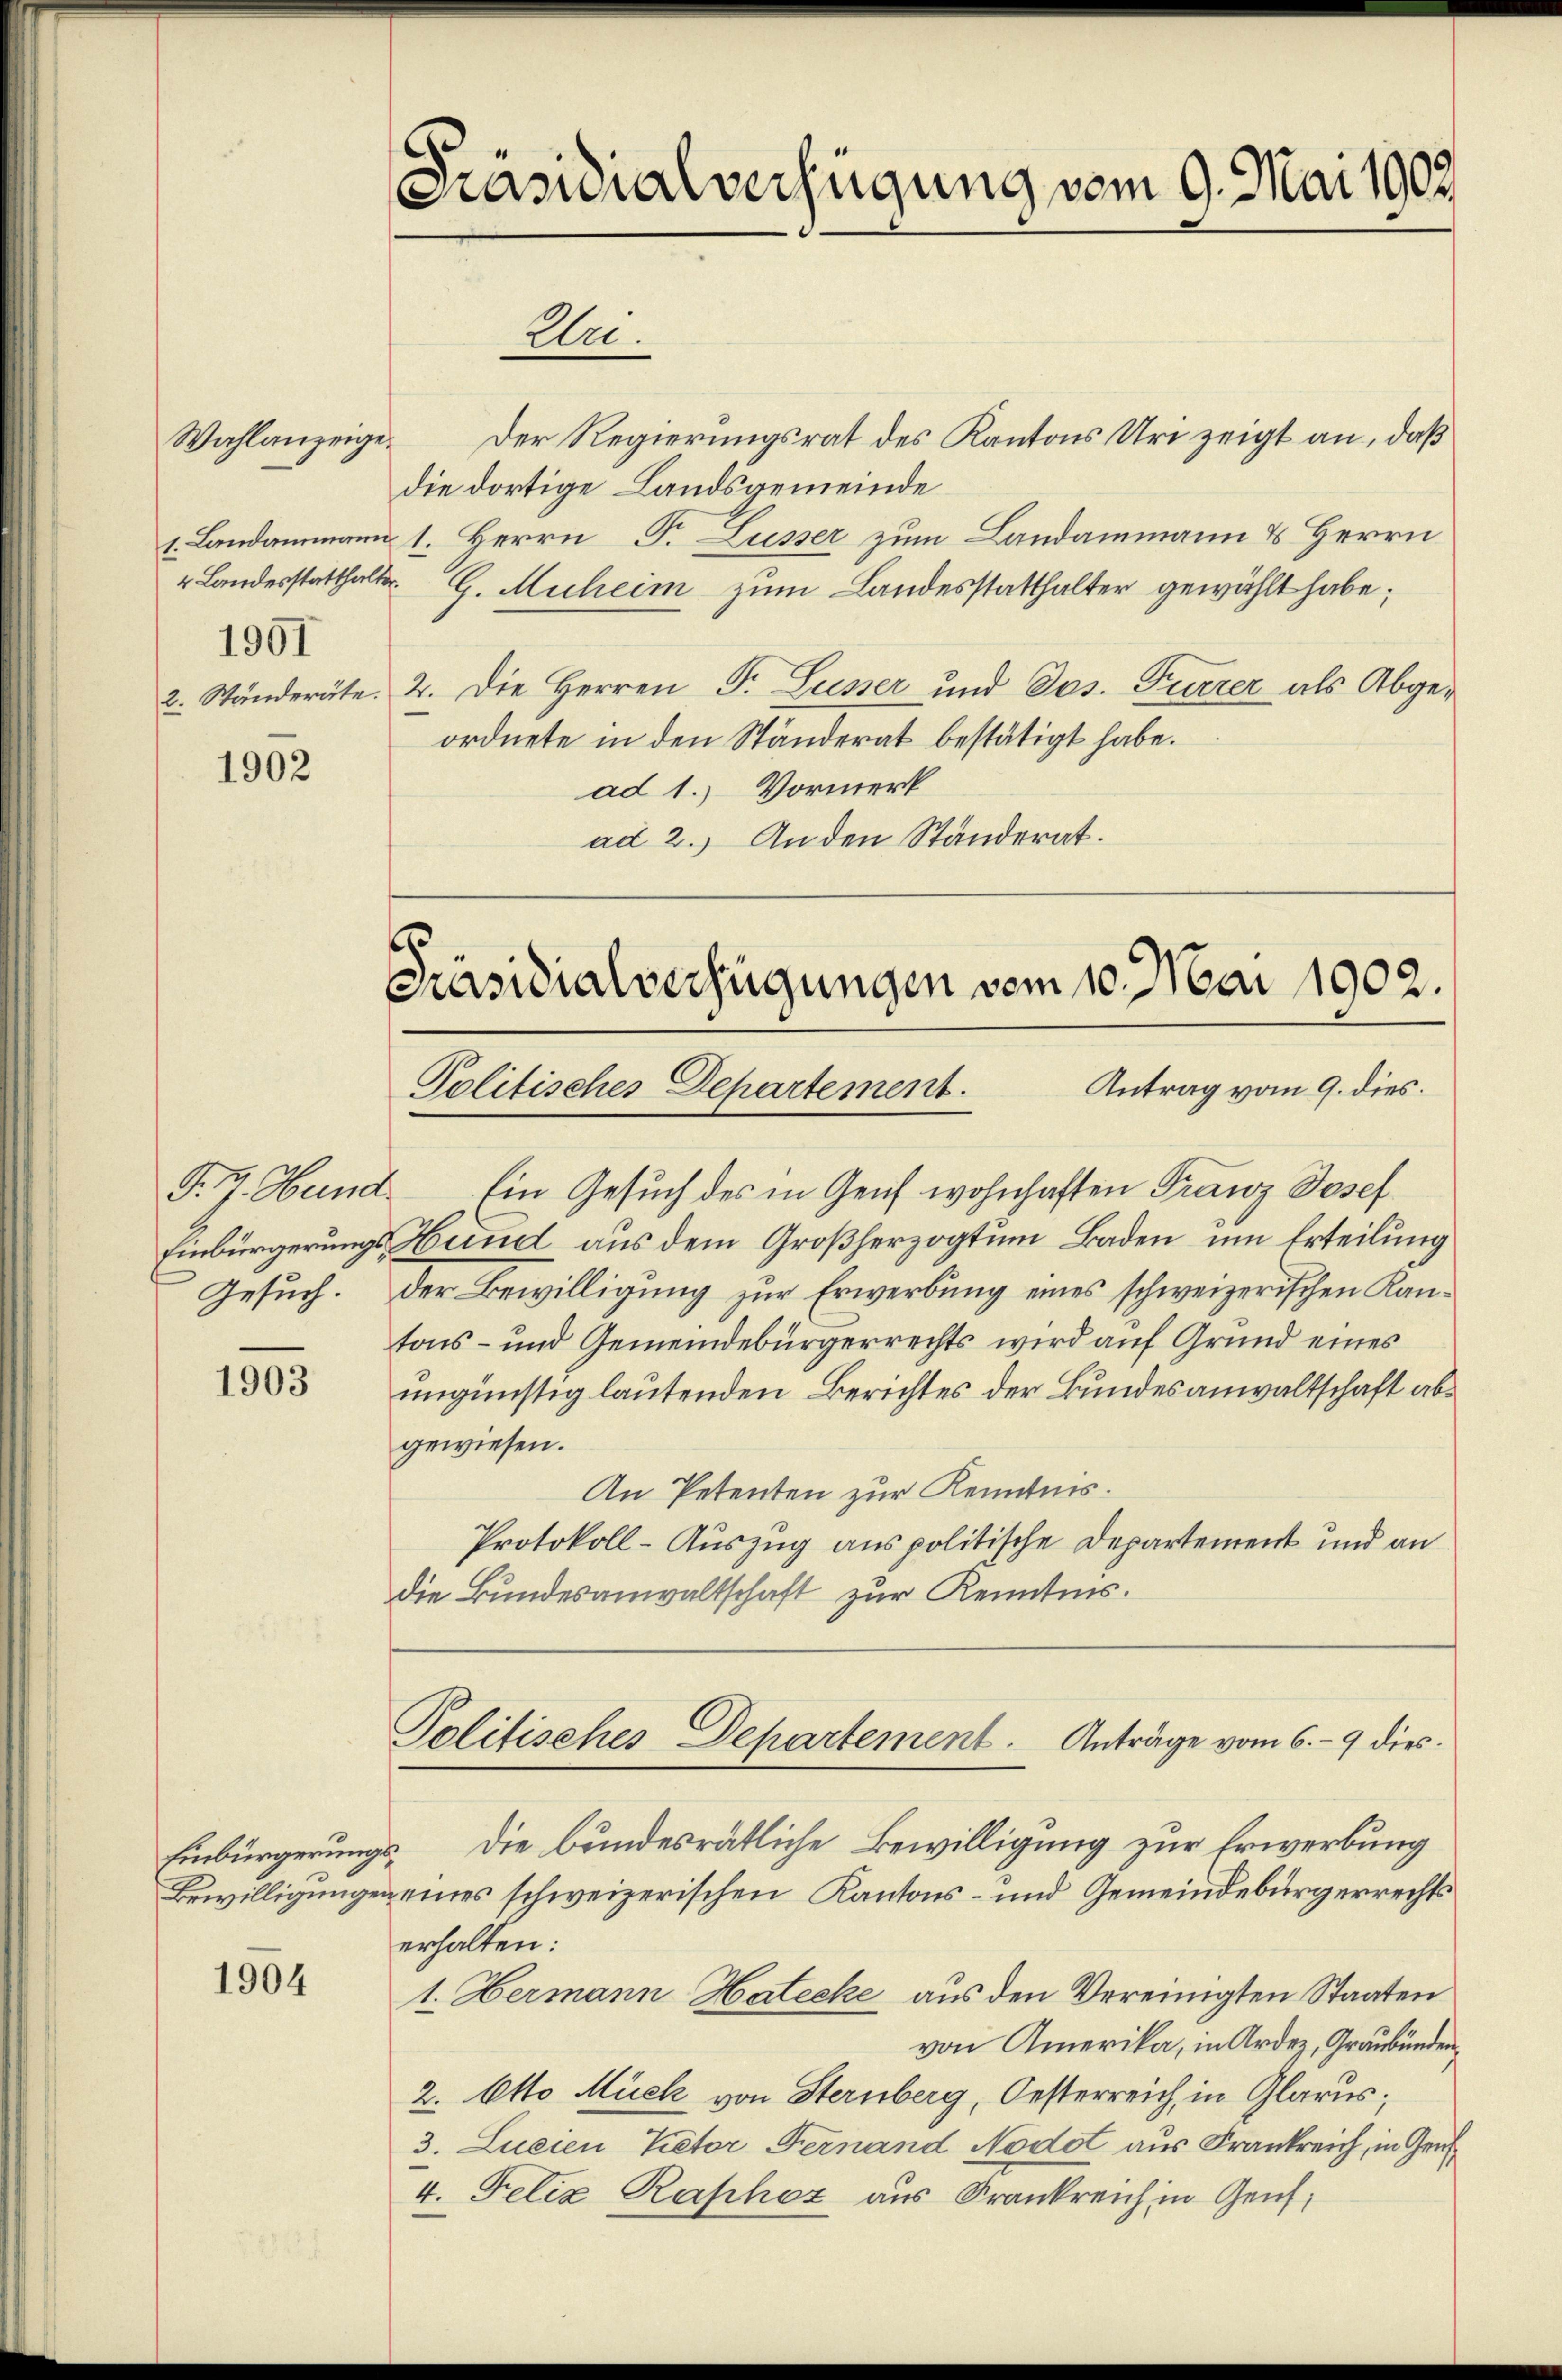
Wahlanzeige.
1901

1902

1903

1904

Präsidialverfügung vom 9. Mai 1907.
Eri.

Der Regierungsrat des Kantons Uri zeigt an, daß
die dortige Landsgemeinde
1. Landammann 1. Herrn P. Lusser zum Landammann & Herrn
" Landesstatthalter. G. Muheim zum Landesstatthalter gewählt habe;
2. Ständeräte. 2. Die Herren P. Luzer und Jos. Furrer als Abgeordnete in den Ständerat bestätigt habe.
ad 1. Vormerk
ad 2.) An den Ständerat.

Fr. J. Hund Ein Gesuch des in Genf wohnhaften Franz Josef
Einbürgerungs Hund aus dem Großherzogtum Baden, um Erteilung
Gesuch. Der Bewilligung zur Erwerbung eines schweizerischen Kantons- und Gemeindebürgerrechts wird auf Grund eines
ungünstig lautenden Berichtes der Bundesanwaltschaft abgewiesen.
An Petenten zur Kenntnis.
Protokoll-Auszug aus politische Departement und an
die Bundesanwaltschaft zur Kenntnis.

Einbürgerungs die bundesrätliche Bewilligung zur Erwerbung
Bewilligungen eines schweizerischen Kantons- und Gemeindebürgerrechts
erhalten:
1. Hermann Hatecke aus den Vereinigten Staaten
von Amerika, in Ardez, Graubünden,
2. Otto Mück von Sternberg, Oesterreich, in Glarus;
3. Lueien Retor Fernand Nodot aus Frankreich, in Gru
4. Felix Raphor aus Frankreich in Genf,

5
Präsidialverfügungen vom 10. Mai 1902.
Antrag vom 9. dies.
Politisches Departement.

Politisches Departement. Anträge vom 6. 9 dies